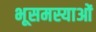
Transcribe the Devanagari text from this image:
भूसमस्याओं